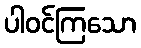
ပါဝင်ကြသော